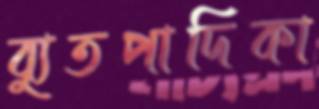
ব্যুতপাদিকা